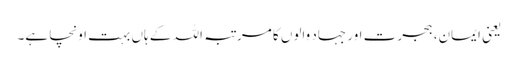
یعنی ایمان، ہجرت اور جہاد والوں کا مرتبہ اللہ کے ہاں بہت اونچا ہے۔